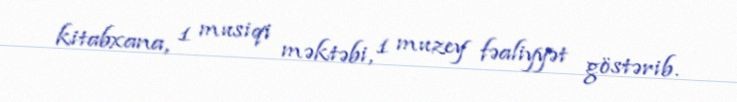
kitabxana, 1 musiqi məktəbi, 1 muzey fəaliyyət göstərib.